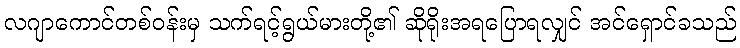
လဂျာကောင်တစ်ဝန်းမှ သက်ရင့်ရွယ်မားတို့၏ ဆိုရိုးအရပြောရလျှင် အင်ရှောင်ခသည်